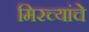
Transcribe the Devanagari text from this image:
मिरच्यांचे